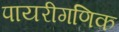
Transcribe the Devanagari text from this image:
पायरीगणिक